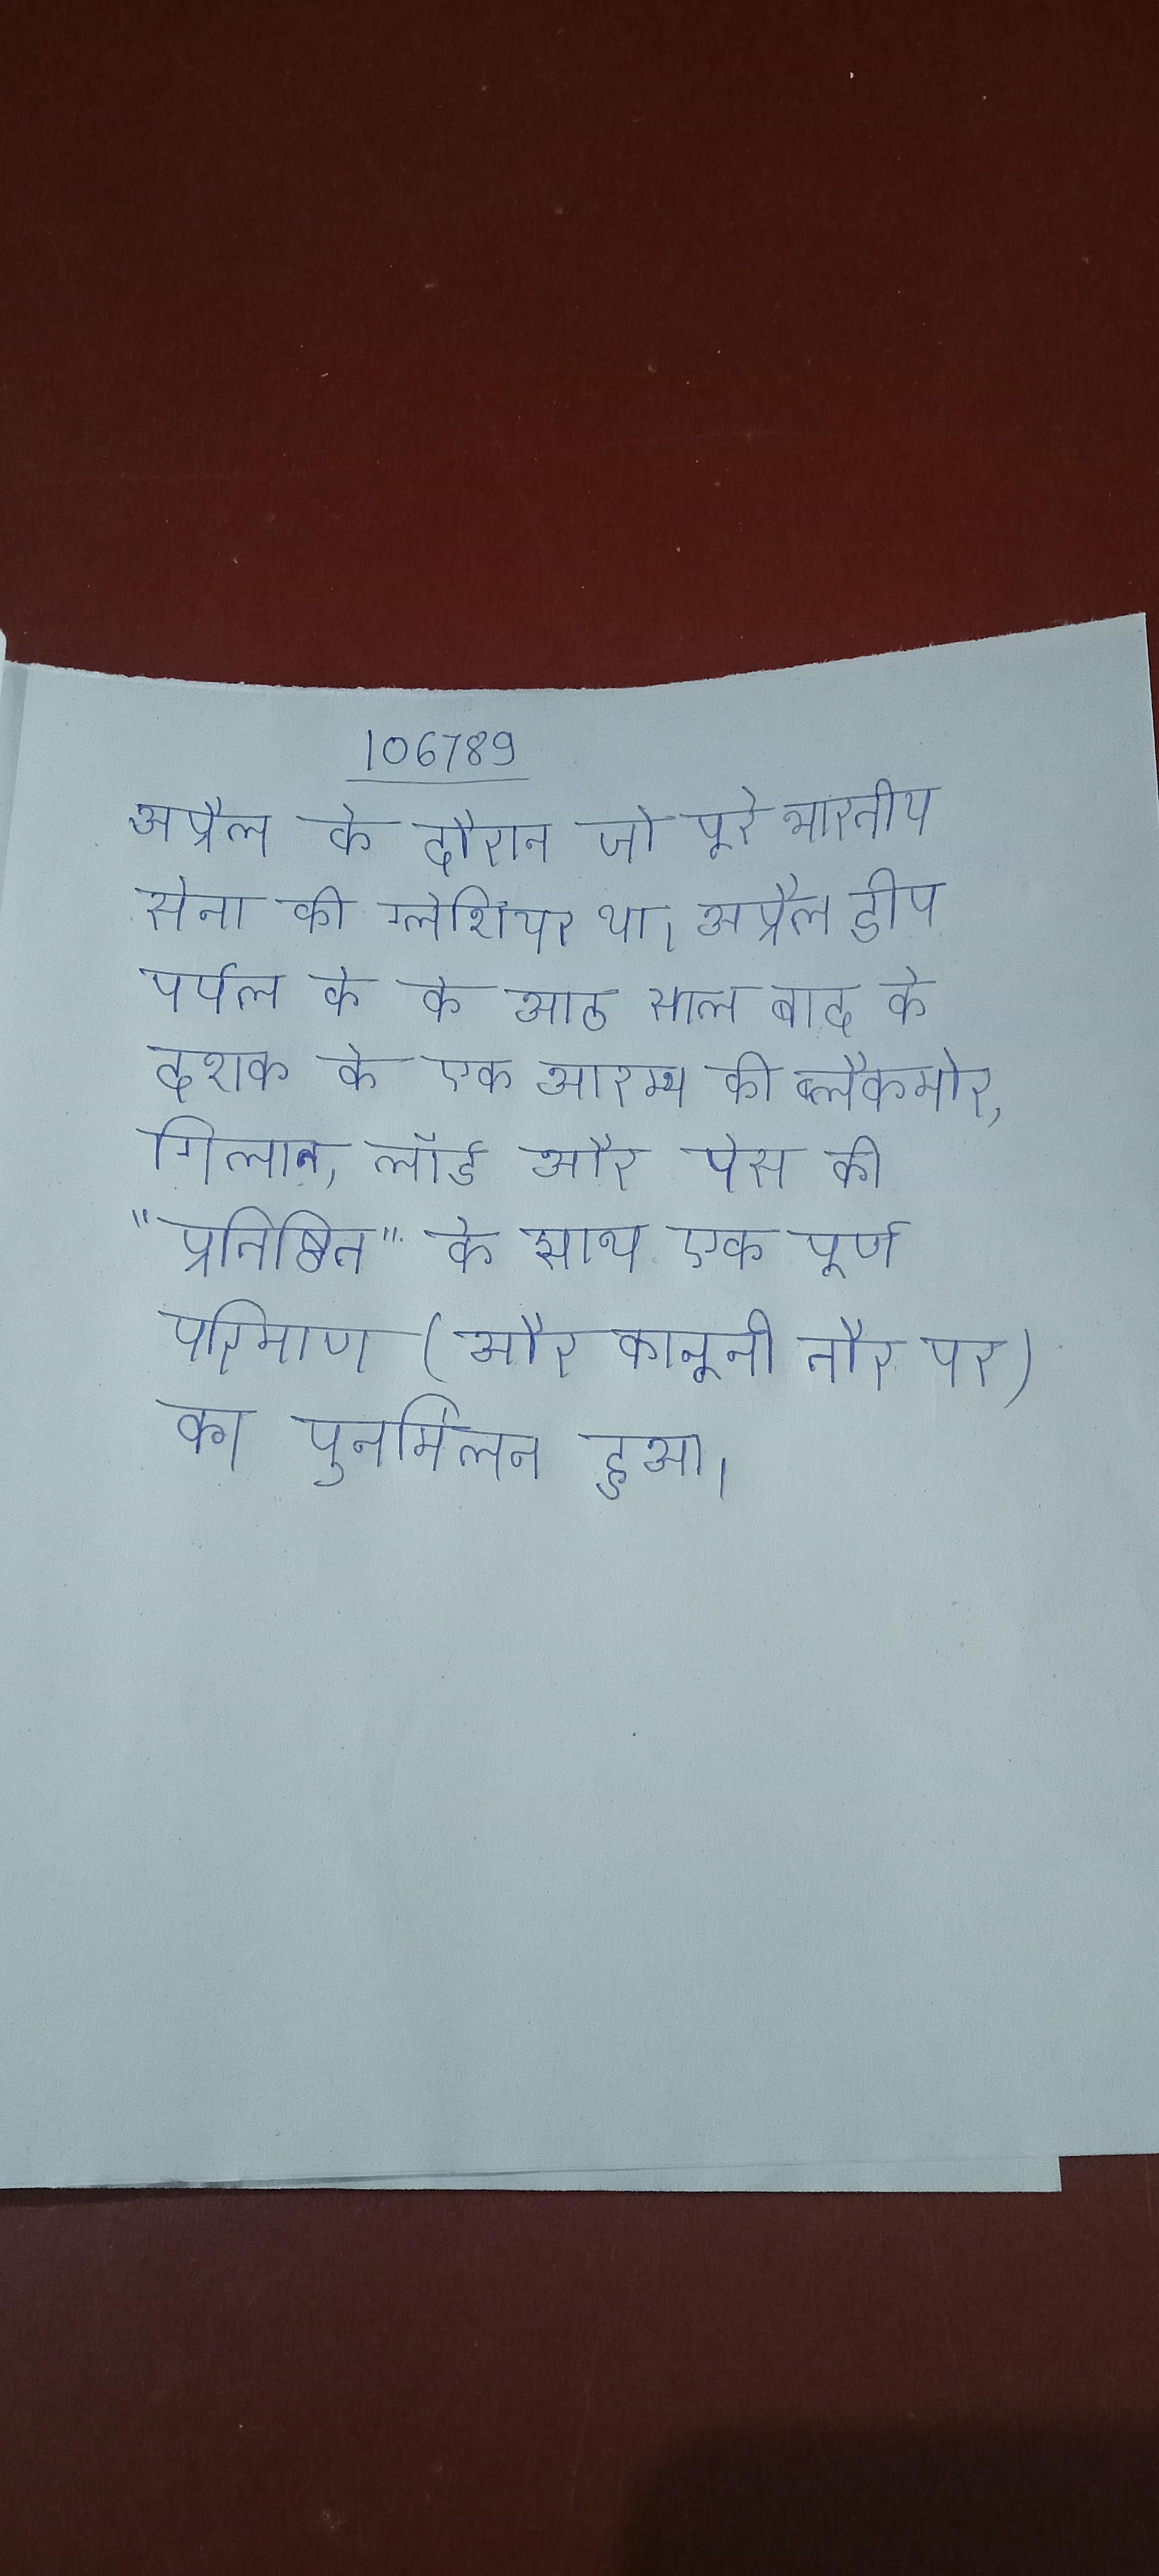
अप्रैल के दौरान जो पूरे भारतीय सेना की ग्लेशियर था । अप्रैल डीप पर्पल के के आठ साल बाद के दशक के एक आरम्भ की ब्लैकमोर, गिलान, लॉर्ड और पेस की "प्रतिष्ठित" के साथ एक पूर्ण परिमाण (और कानूनी तौर पर) का पुनर्मिलन हुआ ।